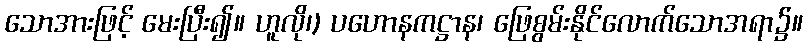
သောအားဖြင့် မေးပြီး၍။ ဟူလို၊) ပဟောနကဋ္ဌာန၊ ဖြေစွမ်းနိုင်လောက်သောအရာ၌။